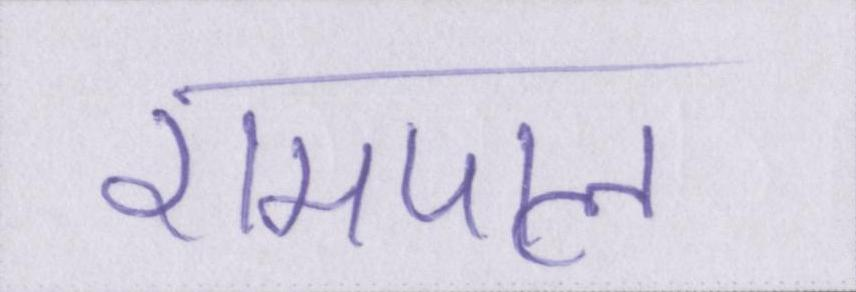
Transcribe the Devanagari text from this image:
रामपाल